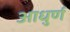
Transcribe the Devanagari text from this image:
आधुर्ण